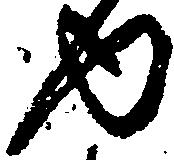
内